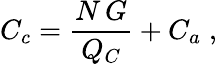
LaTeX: C_{c}=\frac{N\, G}{Q_{C}}+C_{a}\; ,